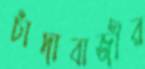
চাঁদাবাজীর